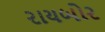
રાયબોર